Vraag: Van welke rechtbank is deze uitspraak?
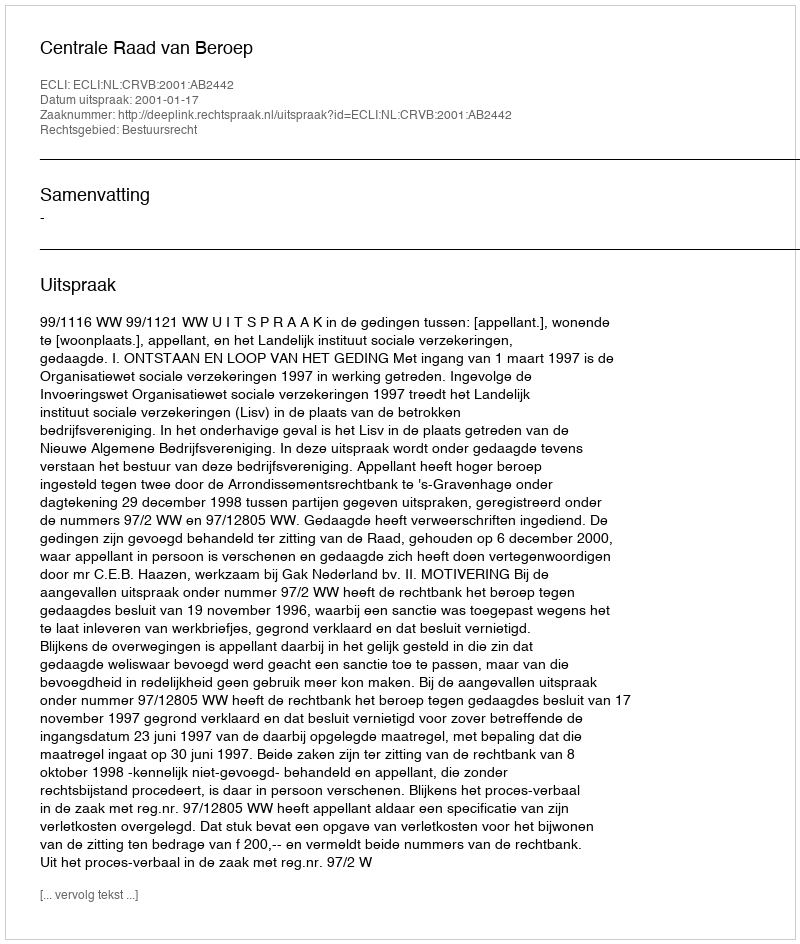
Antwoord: Centrale Raad van Beroep